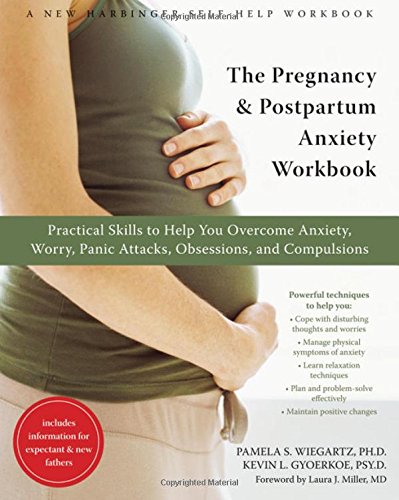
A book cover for The Pregnancy and Postpartum Anxiety Workbook: Practical Skills to Help You Overcome Anxiety, Worry, Panic Attacks, Obsessions, and Compulsions; Pamela S. Wiegartz; Parenting & Relationships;